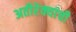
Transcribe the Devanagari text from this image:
अतीरेक्यांची